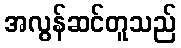
အလွန်ဆင်တူသည်